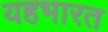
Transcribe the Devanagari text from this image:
यहभारत